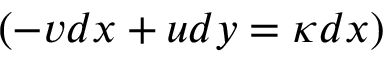
( - v d x + u d y = \kappa d x )